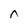
Character: n